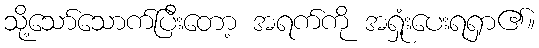
သို့သော်သောက်ပြီးတော့ အရက်ကို အရှုံးပေးရရှာ၏။